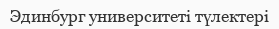
Эдинбург университеті түлектері